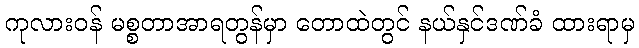
ကုလားဝန် မစ္စတာအာရတွန်မှာ တောထဲတွင် နယ်နှင်ဒဏ်ခံ ထားရာမှ